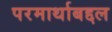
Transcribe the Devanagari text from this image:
परमार्थाबद्दल